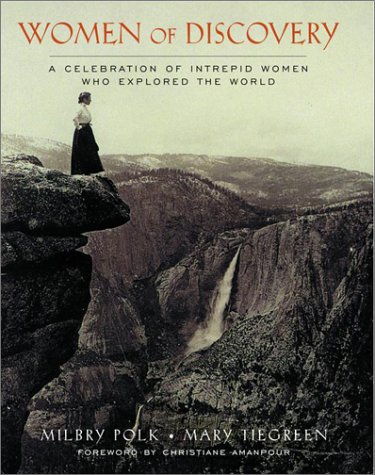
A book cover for Women of Discovery: A Celebration of Intrepid Women Who Explored the World; Milbry Polk; Politics & Social Sciences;